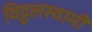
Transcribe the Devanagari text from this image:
विट्ठलस्वामी